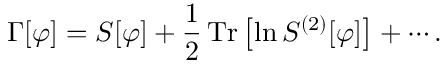
\Gamma [ \varphi ] = S [ \varphi ] + { \frac { 1 } { 2 } } \operatorname { T r } \left[ \ln { S ^ { ( 2 ) } [ \varphi ] } \right] + \cdots .